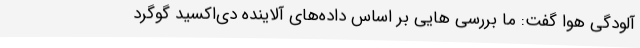
آلودگی هوا گفت: ما بررسی‌ هایی بر اساس داده‌های آلاینده دی‌اکسید گوگرد